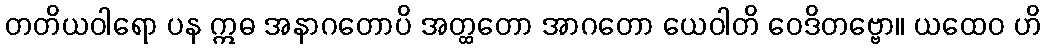
တတိယဝါရော ပန ဣဓ အနာဂတောပိ အတ္ထတော အာဂတော ယေဝါတိ ဝေဒိတဗ္ဗော။ ယထေဝ ဟိ